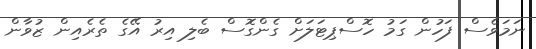
ނަމަވެސް ފަހުން ގަމު ހޮސްޕިޓަލަށް ގެންގޮސް ބެލި އިރު އޭގެ ތެރެއިން ޒުވާން